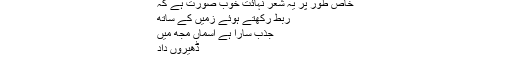
خاص طور پر یہ شعر نہائت خوب صورت ہے کہ
ربط رکھتے ہوئے زمیں کے ساتھ
جذب سارا ہے اسماں مجھ میں
ڈھیروں داد
۔